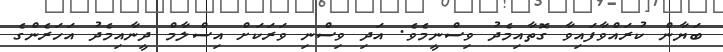
ބަޔާން ކުރައްވާފައިވާ ގޮތާއިމެދު ވިސްނީމެވެ. އަދި ވިސްނި ވަރަކަށް އިސްލާމް ދީނާއިމެދު އަހަރެންގެ